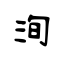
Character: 洵